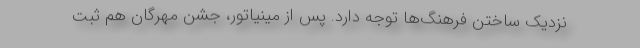
نزدیک ساختن فرهنگ‌ها توجه دارد. پس از مینیاتور، جشن مهرگان هم ثبت